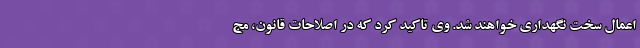
اعمال سخت نگهداری خواهند شد. وی تاکید کرد که در اصلاحات قانون، مج